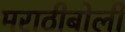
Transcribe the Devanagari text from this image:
मराठीबोली